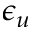
\epsilon _ { u }